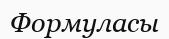
Формуласы